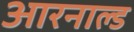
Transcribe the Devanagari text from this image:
आरनाल्ड